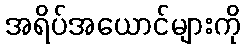
အရိပ်အယောင်များကို